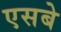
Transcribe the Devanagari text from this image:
एसबे